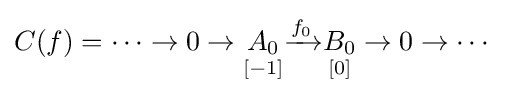
C(f)=\dots \to 0\to {\underset {[-1]}{A_{0}}}{\xrightarrow {f_{0}}}{\underset {[0]}{B_{0}}}\to 0\to \cdots